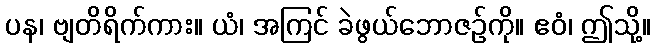
ပန၊ ဗျတိရိက်ကား။ ယံ၊ အကြင် ခဲဖွယ်ဘောဇဉ်ကို။ ဧဝံ၊ ဤသို့။